Lunatic asylums Madras 1877-1891 - 1877-1891
Year: 1877
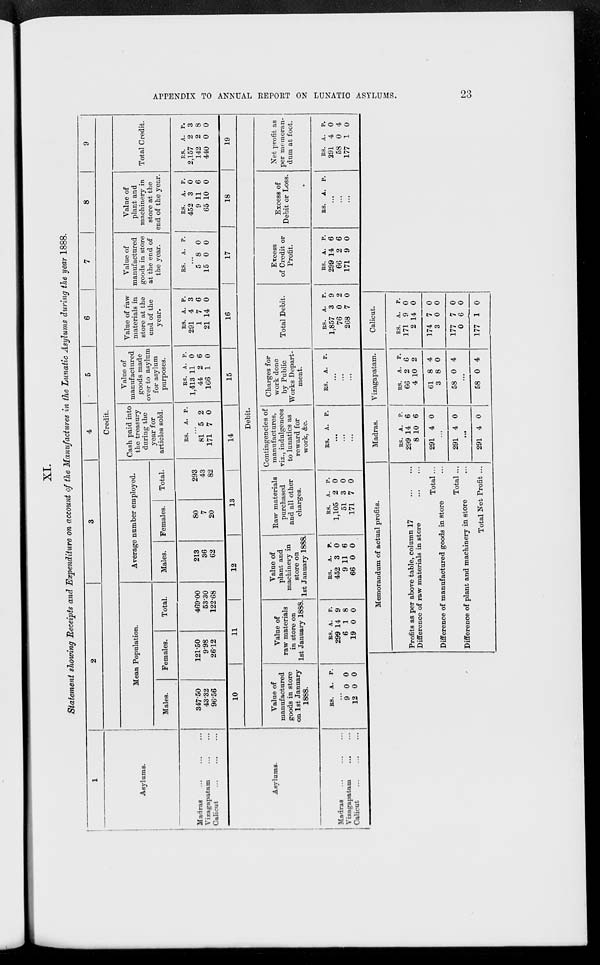
APPENDIX TO ANNUAL REPORT ON LUNATIC ASYLUMS.
23
XI.
Statement showing Receipts and Expenditure on account of the Manufactures in the Lunatic Asylums during the year 1888.
1
Asylums.
Madras ... ... ...
Vizagapatam
Calicut
...
2
3
4
5
6
7
8
9
Credit.
Mean Population.
Males.
347.50
43.32
96.56
Females.
121.50
9.98
26.12
Total.
469.00
53.30
122.68
Average number employed.
Males.
213
36
62
Females.
80
7
20
Total.
293
43
82
Cash paid into
the treasury
during the
year for
articles sold.
RS.
A. P.
...
81
171
5
7
2
0
Value of
manufactured
goods made
over to asylum
for asylum
purposes.
RS.
1,413
44
166
A.
11
2
1
P.
0
6
0
Value of raw
materials in
store at the
end of the
year.
RS.
291
1
21
A.
4
7
14
P.
3
6
0
Value of
manufactured
goods in store
at the end of
the year.
RS. A.
P.
...
5
15
8
0
0
0
Value of
plant and
machinery in
store at the
end of the year.
RS.
452
9
65
A.
3
11
10
P.
0
6
0
Total Credit.
RS.
2,157
142
440
A.
2
2
0
P.
3
8
0
Asylums.
Madras
...
...
...
Vizagapatam
...
...
Calicut
...
...
...
10
11
12
13
14
15
16
17
18
19
Debit.
Value of
manufactured
goods in store
on 1st January
1888.
RS. A. P.
...
9
12
0
0
0
0
Value of
raw materials
in store on
1st January 1888.
RS.
299
6
19
A.
14
1
0
P.
9
8
0
Value of
plant and
machinery in
store on
1st January 1888.
RS.
452
9
66
A.
3
11
0
P.
0
6
0
Raw materials
purchased
and all other
charges.
RS.
1,105
51
171
A.
2
3
7
P.
0
0
0
Contingencies of
manufactures,
viz., indulgences
to lunatics as
reward for
work, &c.
RS. A. P.
...
...
...
Charges for
work done
by Public
Works Depart-
ment.
RS. A. P.
...
...
...
Total Debit.
RS.
1,857
76
268
A.
3
0
7
P.
9
2
0
Excess
of Credit or
Profit.
RS.
299
66
171
A.
14
2
9
P.
6
6
0
Excess of
Debit or Loss.
RS. A. P.
...
...
...
Net profit as
per memoran-
dum at foot.
RS.
291
58
177
A.
4
0
1
P.
0
4
0
Memorandum of actual profits.
Profits as per above table, column 17
...
...
Difference of raw materials in store
...
...
Total...
Difference of manufactured goods in store ...
Total ...
Difference of plant and machinery in store ...
Total Net Profit ...
Madras.
RS.
299
8
291
A.
14
10
4
P.
6
6
0
...
291 4 0
...
291 4 0
Vizagapatam.
RS.
66
4
61
3
58
A.
2
10
8
8
0
P.
6
2
4
0
4
...
58 0 4
Calicut.
RS.
171
2
174
3
177
0
177
A.
9
14
7
0
7
6
1
P.
0
0
9
0
0
0
0